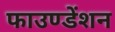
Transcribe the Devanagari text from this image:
फाउण्डेंशन